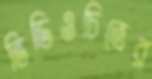
ভিডিওচিত্রের